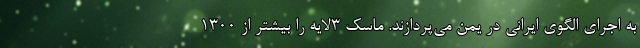
به اجرای الگوی ایرانی در یمن می‌پردازند. ماسک ۳لایه را بیشتر از ۱۳۰۰